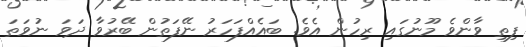
ފިތި ވާންވެ މޫނުގައި ރިހުން އެވެ. ބައެއްފަހަރު ނޭފަތުން ބޭރުވާ ދަވަ ނުވަތަ